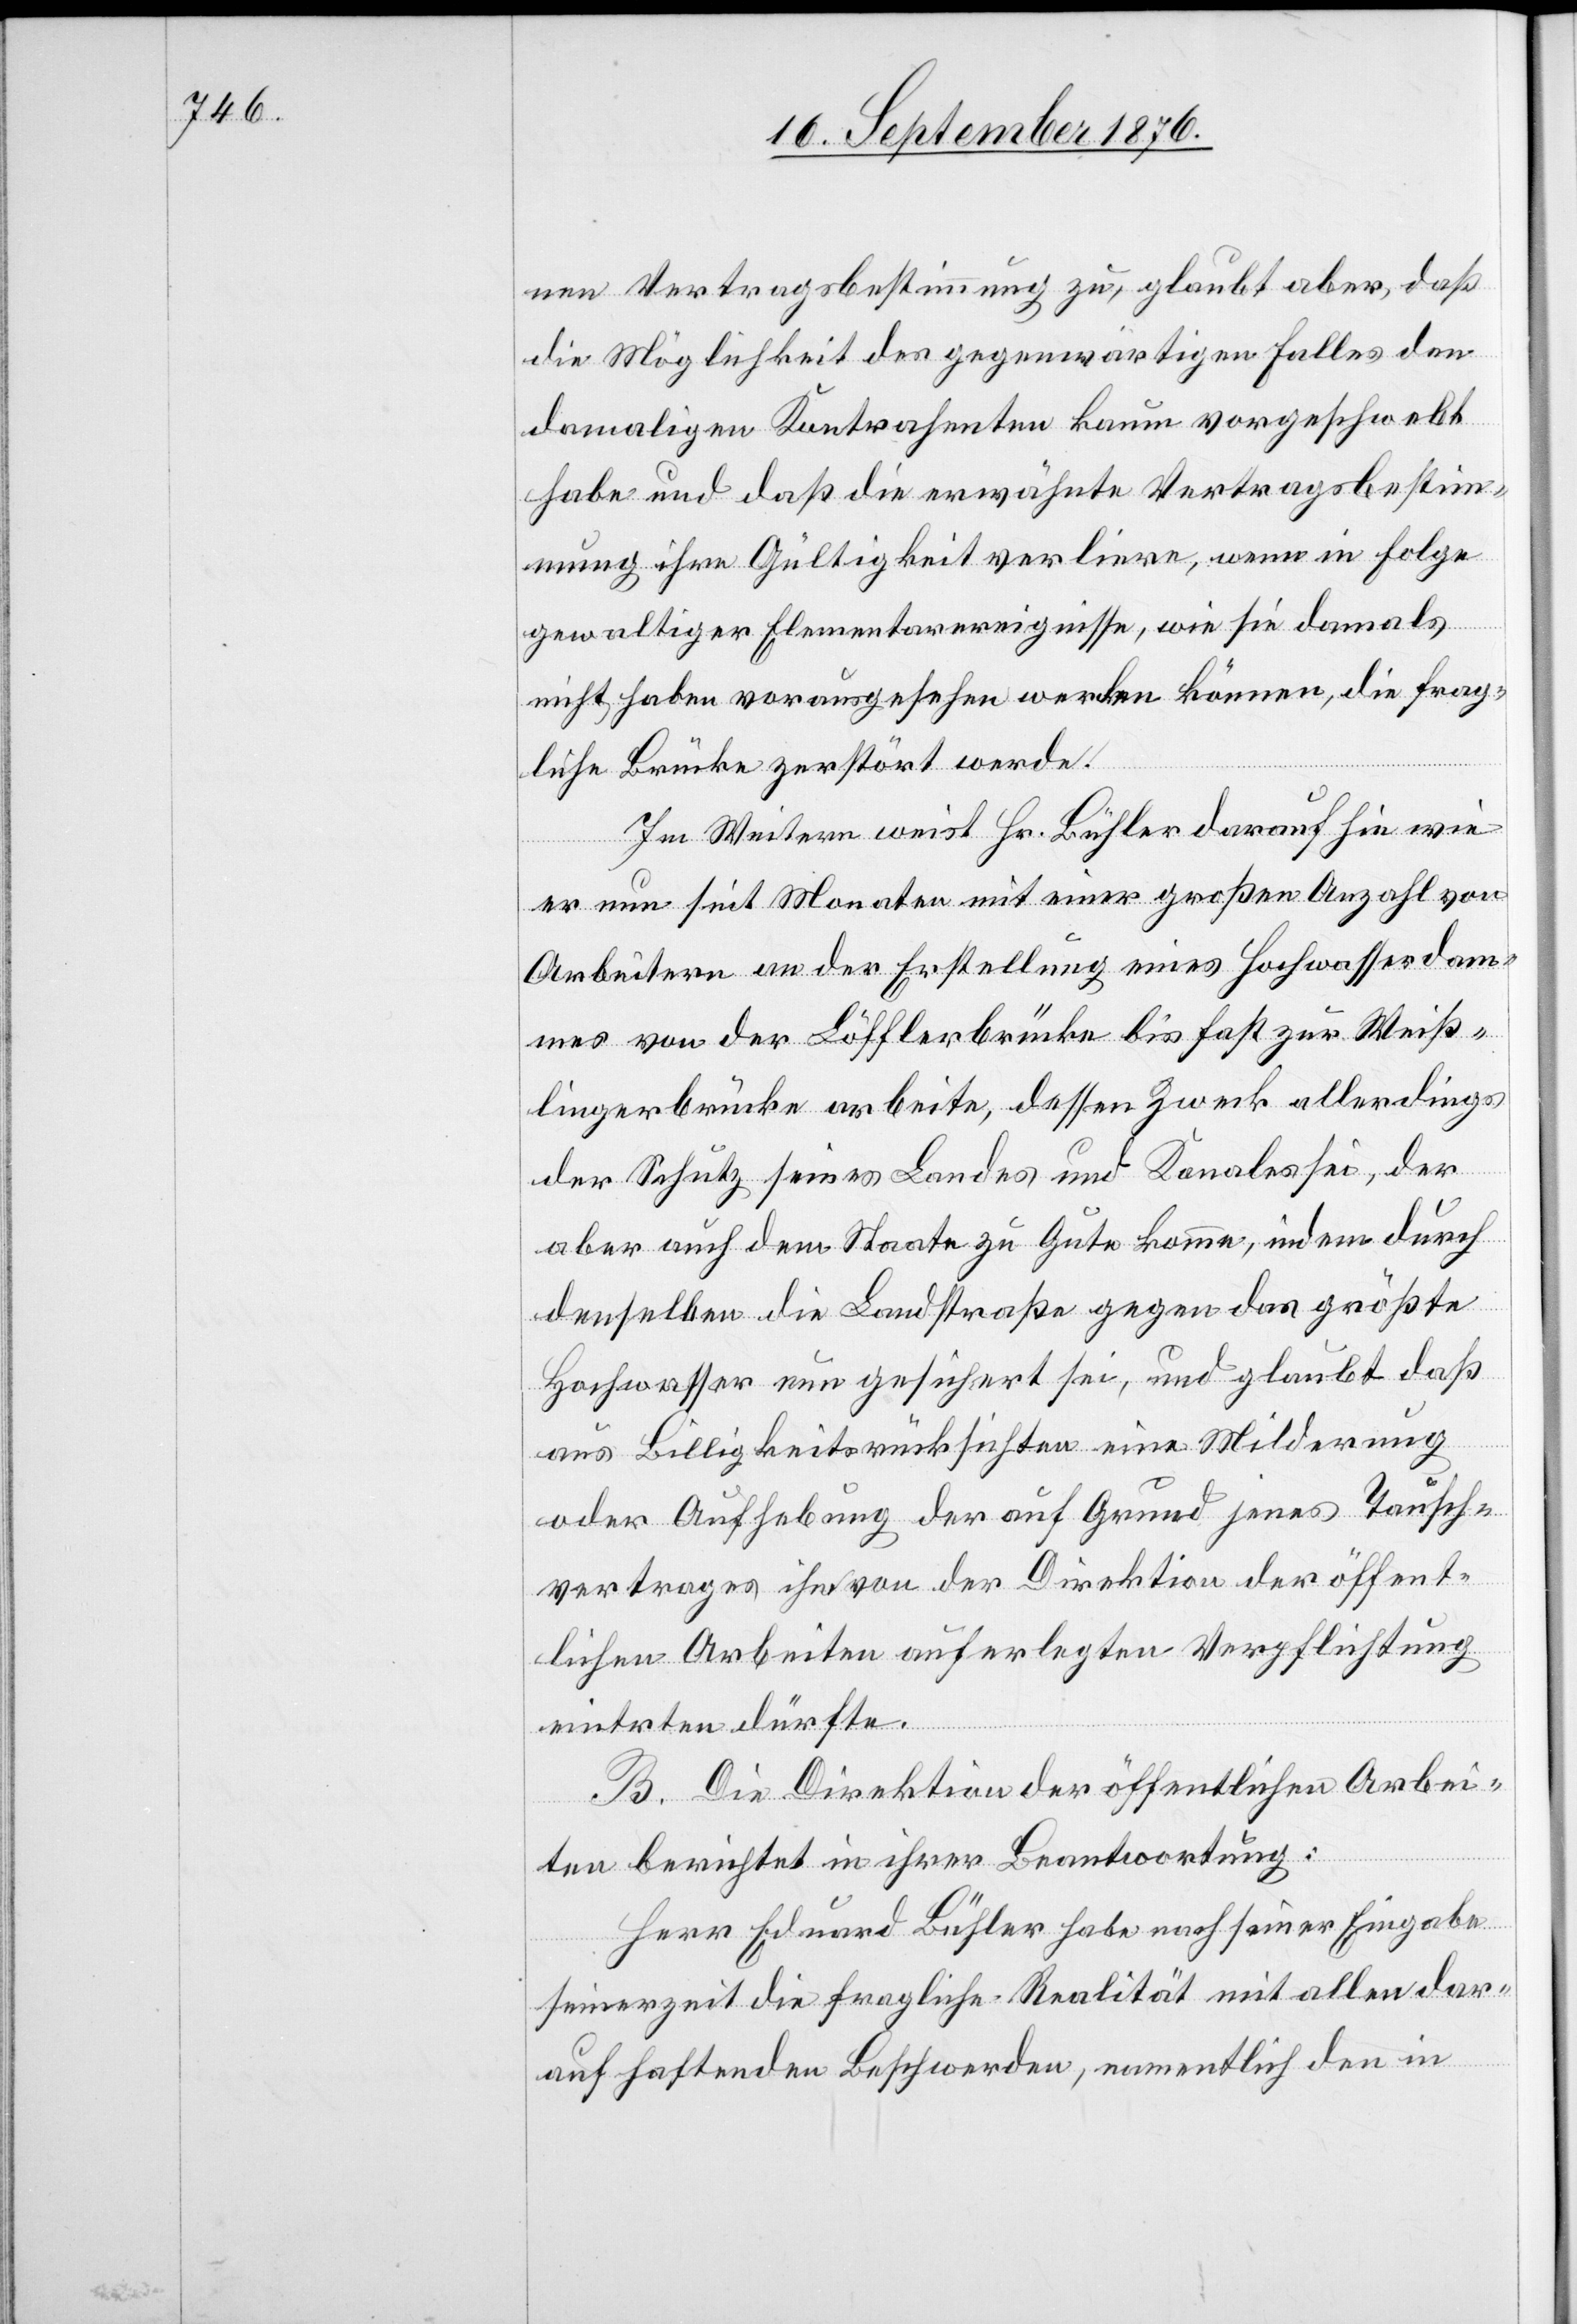
nen Vertragsbestimmung zu, glaubt aber, daß
die Möglichkeit des gegenwärtigen Falles den
damaligen Kontrahenten kaum vorgeschwebt
habe und daß die erwähnte Vertragsbestim¬
mung ihre Gültigkeit verliere, wenn in Folge
gewaltiger Elementarereignisse, wie sie damals
nicht haben vorausgesehen werden können, die frag¬
liche Brücke zerstört werde.
Im Weitern weist Hr. Bühler darauf hin wie
dürfte.
er nun seit Monaten mit einer großen Anzahl von
Arbeitern an der Erstellung eines Hochwasserdam¬
mes von der Löfflerbrücke bis fast zur Weiß¬
lingerbrücke arbeite, dessen Zweck allerdings
der Schutz seines Landes und Kanales sei, der
aber auch dem Staate zu Gute komme, indem durch
denselben die Landstraße gegen das größte
Hochwasser nun gesichert sei, und glaubt daß
aus Billigkeitsrücksichten eine Milderung
oder Aufhebung der auf Grund jenes Tausch¬
vertrages ihm von der Direktion der öffent¬
lichen Arbeiten auferlegten Verpflichtung
B. Die Direktion der öffentlichen Arbei¬
ten berichtet in ihrer Beantwortung:
Herr Eduard Bühler habe nach seiner Eingabe
seinerzeit die fragliche Realität mit allen dar¬
auf haftenden Beschwerden, namentlich den in